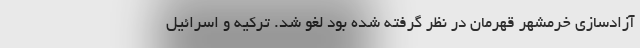
آزادسازی خرمشهر قهرمان در نظر گرفته شده بود لغو شد. ترکیه و اسرائیل